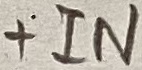
Text: +IN